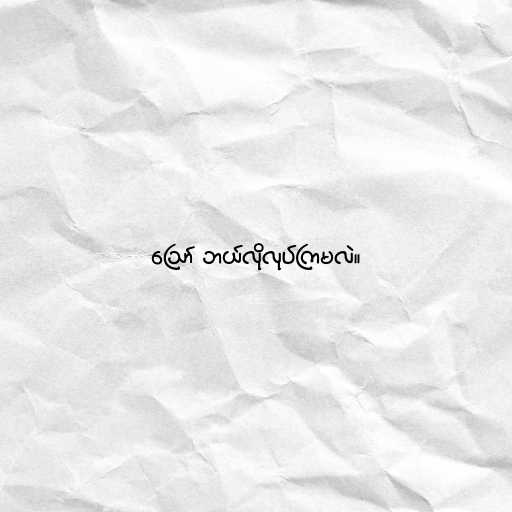
ဪ ဘယ်လိုလုပ်ကြမလဲ။